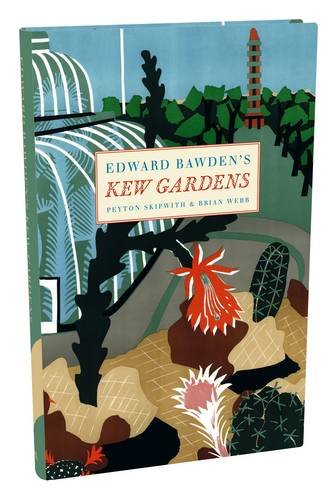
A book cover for Edward Bawden's Kew Gardens; Brian Webb; Crafts, Hobbies & Home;